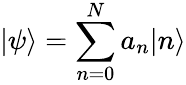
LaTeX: |\psi\rangle=\sum_{n=0}^{N}a_{n}|n\rangle